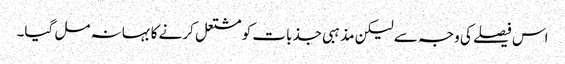
اس فیصلے کی وجہ سے لیکن مذہبی جذبات کو مشتعل کرنے کا بہانہ مل گیا۔